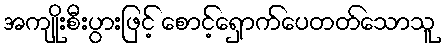
အကျိုးစီးပွားဖြင့် စောင့်ရှောက်ပေတတ်သောသူ